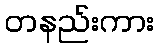
တနည်းကား